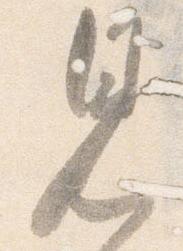
見